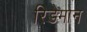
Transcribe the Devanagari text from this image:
रिडेमान